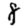
Digit: 8